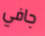
جافي